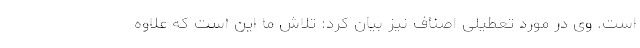
است. وی در مورد تعطیلی اصناف نیز بیان کرد: تلاش ما این است که علاوه